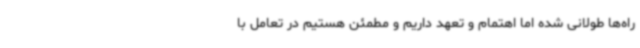
راه‌ها طولانی شده اما اهتمام و تعهد داریم و مطمئن هستیم در تعامل با